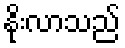
နိုးလာသည်